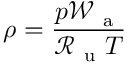
\rho = \frac { p \mathcal { W } _ { \mathrm { ~ a ~ } } } { \mathcal { R } _ { \mathrm { ~ u ~ } } T }